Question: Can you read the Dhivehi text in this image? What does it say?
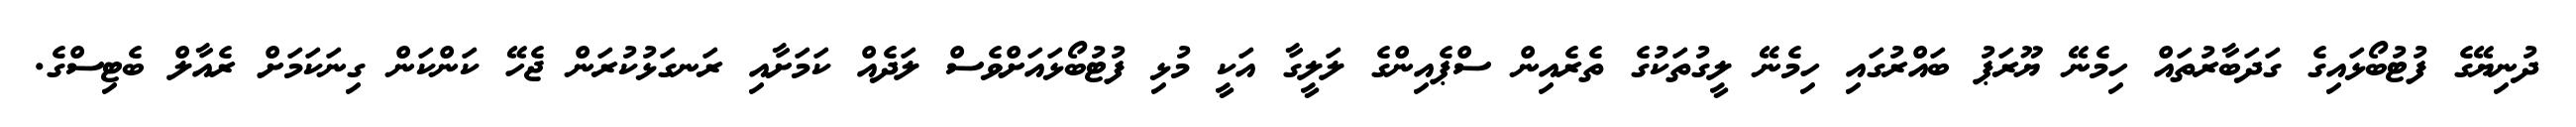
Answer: ދުނިޔޭގެ ފުޓުބޯޅައިގެ ގަދަބާރުތައް ހިމެނޭ ޔޫރަޕު ބައްރުގައި ހިމެނޭ ލީގުތަކުގެ ތެރެއިން ސްޕެއިންގެ ލަލީގާ އަކީ މުޅި ފުޓުބޯޅައަށްވެސް ލަދެއް ކަމަށާއި ރަނގަޅުކުރަން ޖެހޭ ކަންކަން ގިނަކަމަށް ރެއާލް ބެޓިސްގެ.